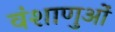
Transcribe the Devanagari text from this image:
वंशाणुओं